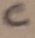
Text: C